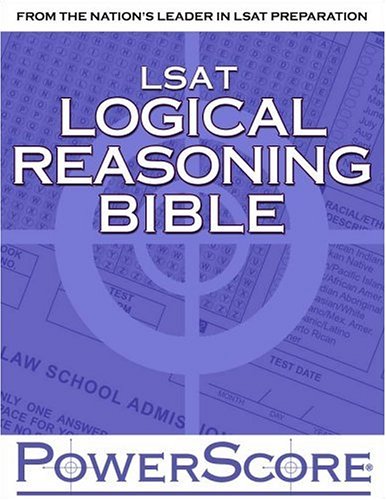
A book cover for The PowerScore LSAT Logical Reasoning Bible: A Comprehensive System for Attacking the Logical Reasoning Section of the LSAT; David M. Killoran; Test Preparation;